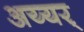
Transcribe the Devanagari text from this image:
अय्यर्